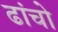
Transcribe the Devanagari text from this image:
ढांचो